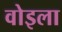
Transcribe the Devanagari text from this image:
वोइला